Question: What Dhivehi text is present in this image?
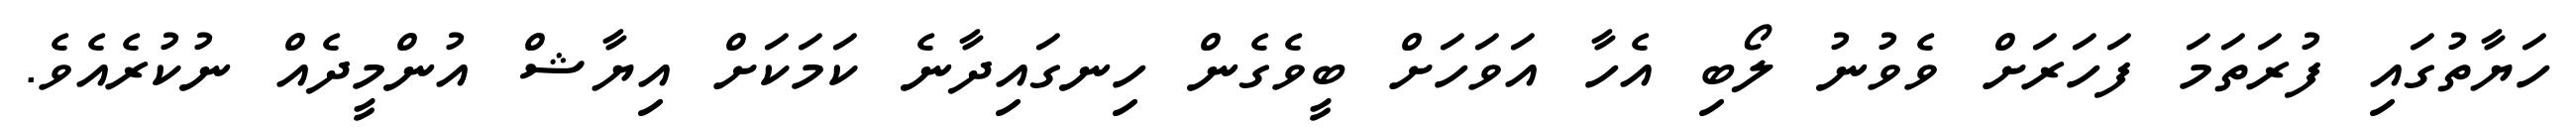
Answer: ހަޔާތުގައި ފުރަތަމަ ފަހަރަށް ވެވުނު ލޯބި އެހާ އަވަހަށް ބީވެގެން ހިނގައިދާނެ ކަމަކަށް އިޔާޝް އުންމީދެއް ނުކުރެއެވެ.